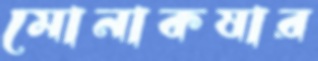
মোনাকষার